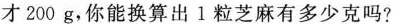
才200g，你能换算出l粒芝麻有多少克吗?